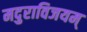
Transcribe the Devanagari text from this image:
मदुराविजयम्